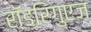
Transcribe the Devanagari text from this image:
राॅड्रिगुएज